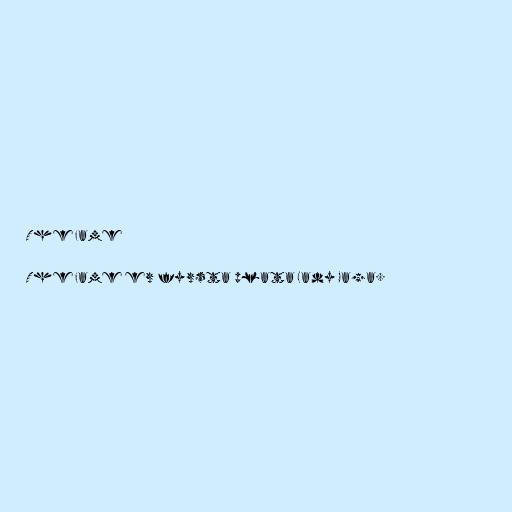
The Fame

The Fame er fyrsta plata Lady Gaga.